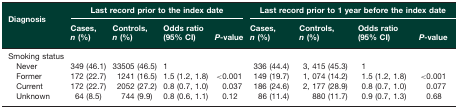
| Diagnosis | <COLSPAN=4> Last record prior to the index date | <COLSPAN=4> Last record prior to 1 year before the index date |
 |  | Cases, n (%) | Controls, n (%) | Odds ratio (95% CI) | P-value | Cases, n (%) | Controls, n (%) | Odds ratio (95% CI) | P-value |
 | --- | --- | --- | --- | --- | --- | --- | --- | --- |
 | Smoking status |  |  |  |  |  |  |  |  |
 | Never | 349 (46.1) | 33505 (46.5) | 1 |  | 336 (44.4) | 3, 415 (45.3) | 1 |  |
 | Former | 172 (22.7) | 1241 (16.5) | 1.5 (1.2, 1.8) | <0.001 | 149 (19.7) | 1, 074 (14.2) | 1.5 (1.2, 1.8) | <0.001 |
 | Current | 172 (22.7) | 2052 (27.2) | 0.8 (0.7, 1.0) | 0.037 | 186 (24.6) | 2, 177 (28.9) | 0.8 (0.7, 1.0) | 0.077 |
 | Unknown | 64 (8.5) | 744 (9.9) | 0.8 (0.6, 1.1) | 0.12 | 86 (11.4) | 880 (11.7) | 0.9 (0.7, 1.3) | 0.68 |